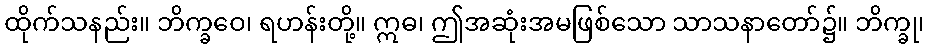
ထိုက်သနည်း။ ဘိက္ခဝေ၊ ရဟန်းတို့။ ဣဓ၊ ဤအဆုံးအမဖြစ်သော သာသနာတော်၌။ ဘိက္ခု၊